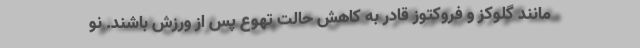
مانند گلوکز و فروکتوز قادر به کاهش حالت تهوع پس از ورزش باشند. نو